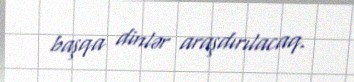
başqa dinlər araşdırılacaq.